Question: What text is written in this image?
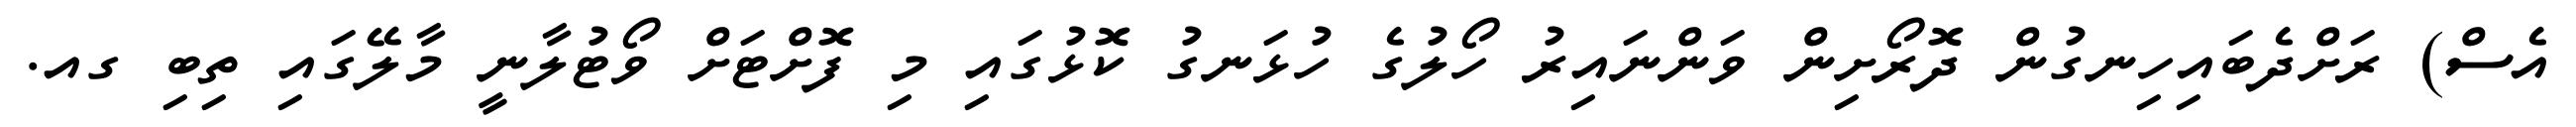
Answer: އެސް) ރަށްދެބައިހިނގުން ދޮރޯށިން ވަންނައިރު ހޯލުގެ ހުޅަނގު ކޮޅުގައި މި ފޮށްޓަށް ވޯޓުލާނީ މާލޭގައި ތިބި ގއ.